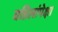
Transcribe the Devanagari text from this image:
वडिलांपेक्षा